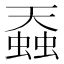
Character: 䗞